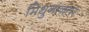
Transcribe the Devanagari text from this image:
मिथुनानंतर